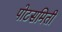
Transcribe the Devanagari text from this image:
पोटसमिती